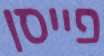
פייסן